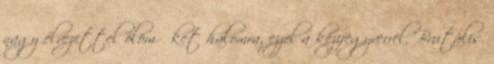
nagy élvezettel ölöm őket halomra, ezzel a kézifegyverrel. Brutális.